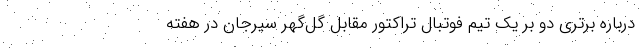
درباره برتری دو بر یک تیم فوتبال تراکتور مقابل گل‌گهر سیرجان در هفته